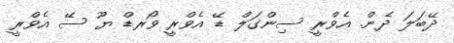
ދޭބަލަ ދެން. އެވްރީ ސިންގަލް ޑޭ އެވްރީ ވޯރޑް ޔޫ ސޭ އެވްރީ